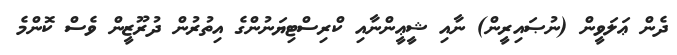
ދެން ޢަލަވީން (ނުޞައިރީން) ނާއި ޝީޢީންނާއި ކްރިސްޓިޔަނުުންގެ އިތުރުން ދުރޫޒީން ވެސް ކޮންމެ